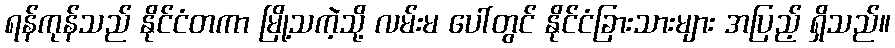
ရန်ကုန်သည် နိုင်ငံတကာ မြို့သကဲ့သို့ လမ်းမ ပေါ်တွင် နိုင်ငံခြားသားများ အပြည့် ရှိသည်။